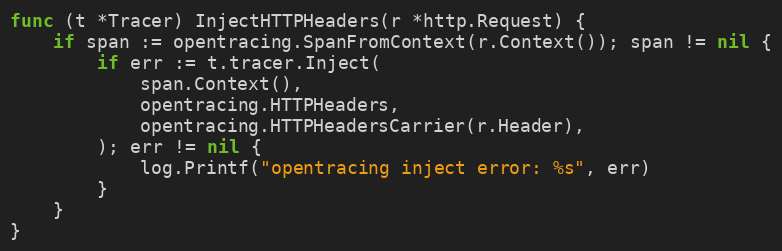
Language: Go
func (t *Tracer) InjectHTTPHeaders(r *http.Request) {
	if span := opentracing.SpanFromContext(r.Context()); span != nil {
		if err := t.tracer.Inject(
			span.Context(),
			opentracing.HTTPHeaders,
			opentracing.HTTPHeadersCarrier(r.Header),
		); err != nil {
			log.Printf("opentracing inject error: %s", err)
		}
	}
}